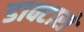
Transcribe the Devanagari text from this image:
डाक्टारो